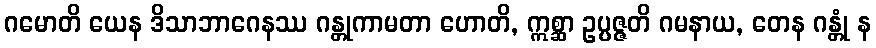
ဂမောတိ ယေန ဒိသာဘာဂေနဿ ဂန္တုကာမတာ ဟောတိ, ဣစ္ဆာ ဥပ္ပဇ္ဇတိ ဂမနာယ, တေန ဂန္တုံ န